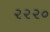
૨૨૨૦